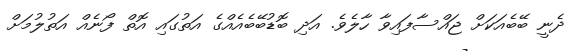
ދެނީ ބޭބެއަކަށް ޖައްސާފައިވާ ހާލެވެ. އަދި ބޮޑުބޭބެއެއްގެ އަތުގައި އޮތް ފޯނެއް އަތުލުމަށް